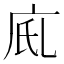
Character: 𢇼